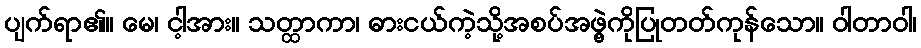
ပျက်ရာ၏။ မေ၊ ငါ့အား။ သတ္ထာကာ၊ ဓားငယ်ကဲ့သို့အစပ်အဖွဲ့ကိုပြုတတ်ကုန်သော။ ဝါတာဝါ၊